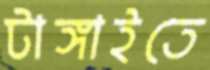
টাঙ্গাইতে